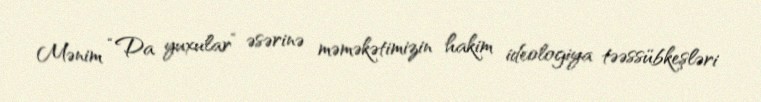
Mənim “Da yuxular” əsərinə məməkətimizin hakim ideologiya təəssübkeşləri